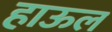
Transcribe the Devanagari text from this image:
हाऊल